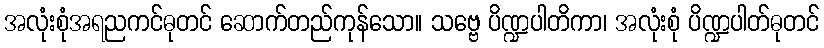
အလုံးစုံအရညကင်ဓုတင် ဆောက်တည်ကုန်သော။ သဗ္ဗေ ပိဏ္ဍပါတိကာ၊ အလုံးစုံ ပိဏ္ဍပါတ်ဓုတင်